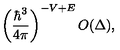
\left( { \frac { \hbar ^ { 3 } } { 4 \pi } } \right) ^ { - V + E } O ( \Delta ) ,